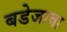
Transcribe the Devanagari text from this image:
बडेजावा